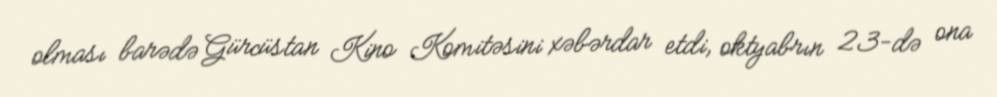
olması barədə Gürcüstan Kino Komitəsini xəbərdar etdi, oktyabrın 23-də ona